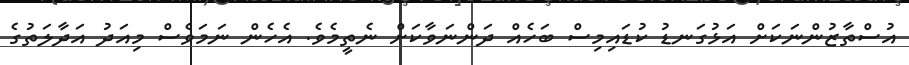
އުސްތާޒުންނަކަށް އަޅުގަނޑު ކުޑައިމިސް ބަހެއް ދަންނަވާކަށް ނެތީމެވެ. އެހެން ނަމަވެސް މިއަދު އަދާލަތުގެ